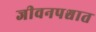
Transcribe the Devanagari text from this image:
जीवनपश्चात